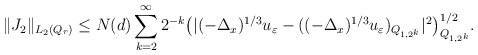
\begin{align*}\begin{aligned} \|J_2\|_{ L_2 (Q_r) } \le N (d) \sum_{k = 2 }^{\infty} 2^{-k} \big(|(-\Delta_x)^{1/3}u_{\varepsilon} - ((-\Delta_x)^{1/3} u_{\varepsilon})_{ Q_{1, 2^k} }|^2\big)^{1/2}_{Q_{1, 2^k}}.\end{aligned}\end{align*}